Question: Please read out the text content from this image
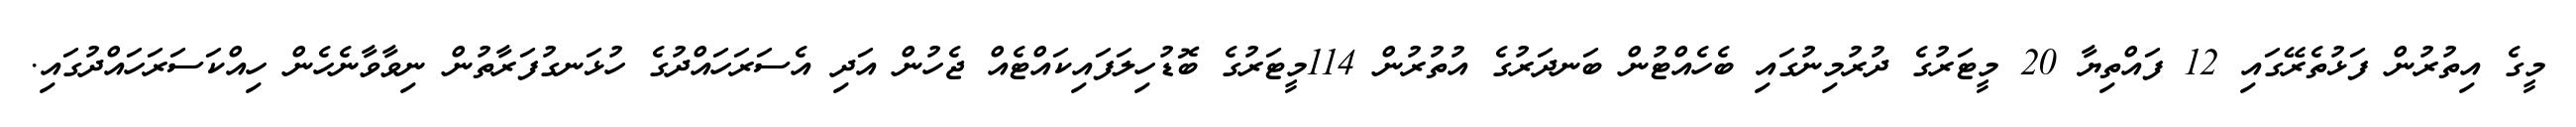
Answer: މީގެ އިތުރުން ފަޅުތެރޭގައި 12 ފައްތިޔާ 20 މީޓަރުގެ ދުރުމިނުގައި ބެހެއްޓުން ބަނދަރުގެ އުތުރުން 114މީޓަރުގެ ބޮޑުހިލަފައިކައްޓެއް ޖެހުން އަދި އެސަރަހައްދުގެ ހުޅަނގުފަރާތުން ނިވާވާނެހެން ހިއްކަސަރަހައްދުގައި.